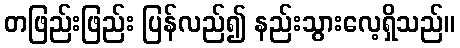
တဖြည်းဖြည်း ပြန်လည်၍ နည်းသွားလေ့ရှိသည်။